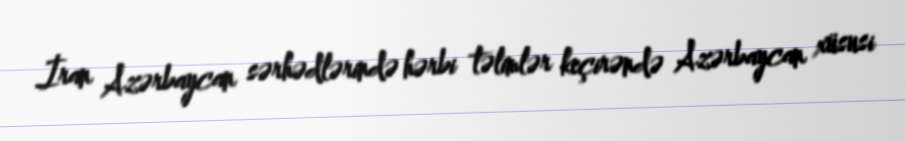
İran Azərbaycan sərhədlərində hərbi təlimlər keçirəndə Azərbaycan xüsusi